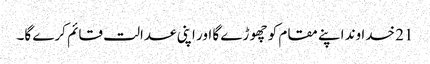
21 خدا وند اپنے مقام کو چھو ڑے گا اور اپنی عدالت قائم کرے گا۔